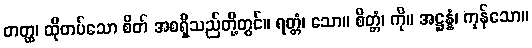
တတ္ထ၊ ထိုတပ်သော စိတ် အစရှိသည်တို့တွင်။ ရတ္တံ၊ သော။ စိတ္တံ၊ ကို။ အဋ္ဌန္နံ၊ ကုန်သော။